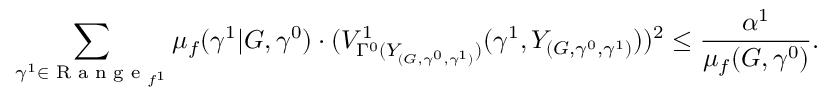
\sum _ { \gamma ^ { 1 } \in \textrm { R a n g e } _ { f ^ { 1 } } } \mu _ { f } ( \gamma ^ { 1 } | G , \gamma ^ { 0 } ) \cdot ( V _ { \Gamma ^ { 0 } ( Y _ { ( G , \gamma ^ { 0 } , \gamma ^ { 1 } ) } ) } ^ { 1 } ( \gamma ^ { 1 } , Y _ { ( G , \gamma ^ { 0 } , \gamma ^ { 1 } ) } ) ) ^ { 2 } \leq \frac { \alpha ^ { 1 } } { \mu _ { f } ( G , \gamma ^ { 0 } ) } .